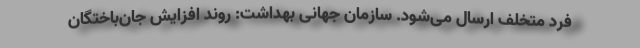
فرد متخلف ارسال می‌شود. سازمان جهانی بهداشت: روند افزایش جان‌باختگان